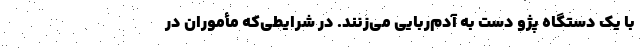
با یک دستگاه پژو دست به آدم‌ربایی می‌زنند. در شرایطی‌که مأموران در